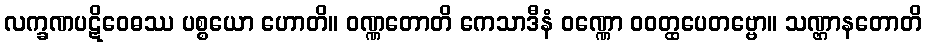
လက္ခဏပဋိဝေဓဿ ပစ္စယော ဟောတိ။ ဝဏ္ဏတောတိ ကေသာဒီနံ ဝဏ္ဏော ဝဝတ္ထပေတဗ္ဗော။ သဏ္ဌာနတောတိ